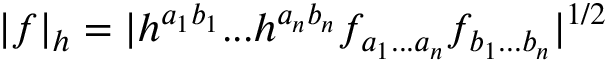
| f | _ { h } = | h ^ { a _ { 1 } b _ { 1 } } . . . h ^ { a _ { n } b _ { n } } f _ { a _ { 1 } . . . a _ { n } } f _ { b _ { 1 } . . . b _ { n } } | ^ { 1 / 2 }